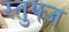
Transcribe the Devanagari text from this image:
स्तुफ्ज़